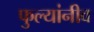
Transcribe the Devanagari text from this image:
फुल्यांनीव